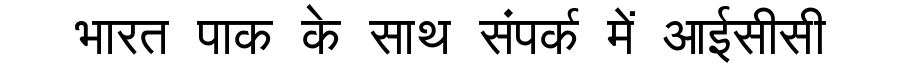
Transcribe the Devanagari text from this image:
भारत पाक के साथ संपर्क में आईसीसी